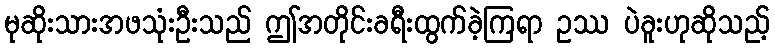
မုဆိုးသားအဖသုံးဦးသည် ဤအတိုင်းခရီးထွက်ခဲ့ကြရာ ဥဿ ပဲခူးဟုဆိုသည့်